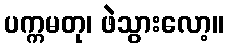
ပက္ကမတု၊ ဖဲသွားလော့။